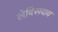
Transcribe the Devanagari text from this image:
लेदिसदाव